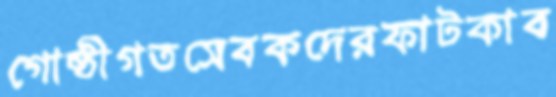
গোষ্ঠীগতসেবকদেরফাটকাব